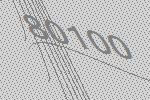
80100